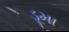
ડૂમા